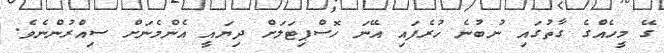
ގޭ މީހެއްގެ ގާތުގައި ނުބުނެ ހުރެފައި އޭނަ ހޮސްޕިޓަލަށް ދިޔައީ އެންމެނަށް ސިއްރުންނެވެ.